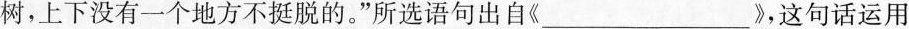
树，上下没有一个地方不挺脱的。”所选语句出自《___》，这句话运用